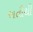
અતીથી